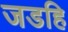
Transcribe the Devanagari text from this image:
जडहि